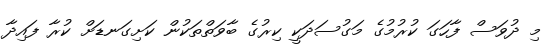
މި ދުވަސް ފާހަގަ ކުރުމުގެ މަގުސަދަކީ ކިރުގެ ބާވަތްތަކުން ކަށިގަނޑަށް ކުރާ ފައިދާ